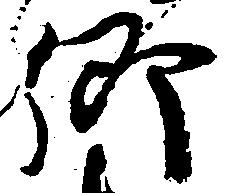
郷